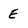
Character: E